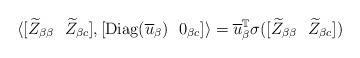
LaTeX: \begin{align*} \langle [\widetilde{Z}_{\beta\beta}\ \ \widetilde{Z}_{\beta c}],[{\rm Diag}(\overline{u}_{\beta})\ \ 0_{\beta c}]\rangle = \overline{u}_{\beta}^{\mathbb{T}}\sigma([\widetilde{Z}_{\beta\beta}\ \ \widetilde{Z}_{\beta c}]) \end{align*}